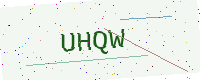
Text: UHQW